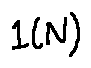
l ( N )